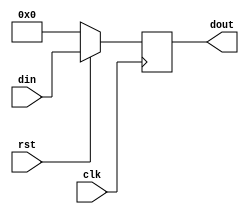
// This program was cloned from: https://github.com/Obijuan/open-fpga-verilog-tutorial
// License: GNU General Public License v2.0

//--------------------------------------------------------------------------
//-- register.v
//-- Registro genrico de N bits, con reset asncrono activo a nival bajo
//--------------------------------------------------------------------------
//-- (C) BQ. August 2015. Written by Juan Gonzalez (Obijuan)
//--------------------------------------------------------------------------
//-- Parmetros:  N: Numero de bits
//--             INI: Valor inicial del registro al hacer el reset
//--------------------------------------------------------------------------

module register (rst, clk, din, dout);

//-- Parametros: nmero de bits del registro
parameter N = 4;     //-- Nmero de bits del registro
parameter INI = 0;   //-- Valor inicial

//-- Declaracin de los puertos
input wire rst;
input wire clk;
input wire [N-1:0] din;
output reg [N-1:0] dout;

//-- Registro
always @(posedge(clk))
  if (rst == 0)
    dout <= INI; //-- Inicializacion
  else
    dout <= din; //-- Funcionamiento normal

endmodule